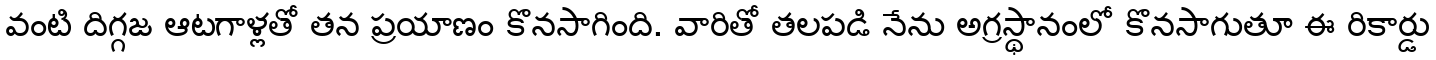
వంటి దిగ్గజ ఆటగాళ్లతో తన ప్రయాణం కొనసాగింది. వారితో తలపడి నేను అగ్రస్థానంలో కొనసాగుతూ ఈ రికార్డు